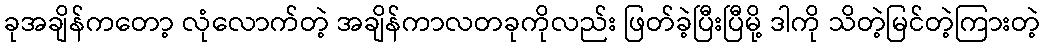
ခုအချိန်ကတော့ လုံလောက်တဲ့ အချိန်ကာလတခုကိုလည်း ဖြတ်ခဲ့ပြီးပြီမို့ ဒါကို သိတဲ့မြင်တဲ့ကြားတဲ့